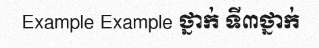
Example Example ថ្នាក់ ទី៣ថ្នាក់